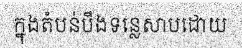
ក្នុងតំបន់បឹងទន្លេសាបដោយ